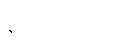
စုံလင်စွာဖြင့်